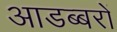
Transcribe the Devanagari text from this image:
आडब्बरों